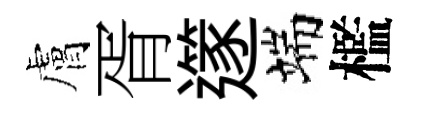
膚胥𨗹端檻